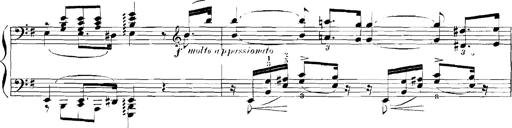
Title: Rhapsodies hongroises
Composer: Franz Liszt